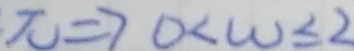
x \Rightarrow 0 < w \leq 2